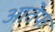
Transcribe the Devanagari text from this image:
आतेफ